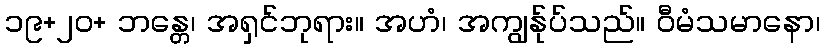
၁၉+၂၀+ ဘန္တေ၊ အရှင်ဘုရား။ အဟံ၊ အကျွန်ုပ်သည်။ ဝီမံသမာနော၊